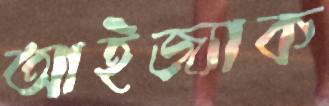
আইজ্যাক